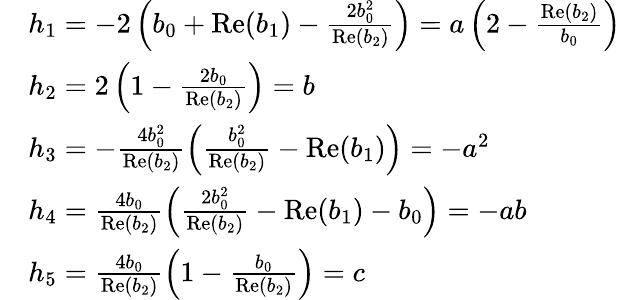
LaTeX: \begin{array}{rl}&{h_{1}=-2\left(b_{0}+\mathrm{Re}(b_{1})-\frac{2b_{0}^{2}}{\mathrm{Re}(b_{2})}\right)=a\left(2-\frac{\mathrm{Re}(b_{2})}{b_{0}}\right)}\\ &{h_{2}=2\left(1-\frac{2b_{0}}{\mathrm{Re}(b_{2})}\right)=b}\\ &{h_{3}=-\frac{4b_{0}^{2}}{\mathrm{Re}(b_{2})}\left(\frac{b_{0}^{2}}{\mathrm{Re}(b_{2})}-\mathrm{Re}(b_{1})\right)=-a^{2}}\\ &{h_{4}=\frac{4b_{0}}{\mathrm{Re}(b_{2})}\left(\frac{2b_{0}^{2}}{\mathrm{Re}(b_{2})}-\mathrm{Re}(b_{1})-b_{0}\right)=-ab}\\ &{h_{5}=\frac{4b_{0}}{\mathrm{Re}(b_{2})}\left(1-\frac{b_{0}}{\mathrm{Re}(b_{2})}\right)=c}\end{array}